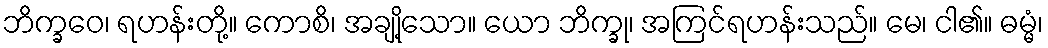
ဘိက္ခဝေ၊ ရဟန်းတို့။ ကောစိ၊ အချို့သော။ ယော ဘိက္ခု၊ အကြင်ရဟန်းသည်။ မေ၊ ငါ၏။ ဓမ္မံ၊